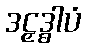
ဒဠှဒ္ဓါပံ